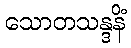
သောတသန္ဒနိံ